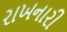
રાખનારી